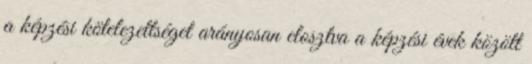
a képzési kötelezettséget arányosan elosztva a képzési évek között